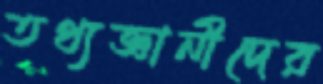
তথ্যজ্ঞানীদের